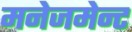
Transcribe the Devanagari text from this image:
मनेजमेन्ट